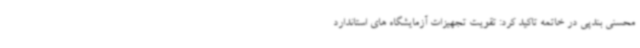
محسنی بندپی در خاتمه تاکید کرد: تقویت تجهیزات آزمایشگاه های استاندارد